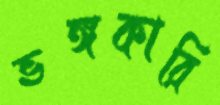
ভঙ্গকারি